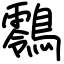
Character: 䴇